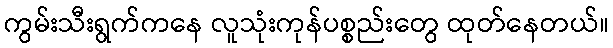
ကွမ်းသီးရွက်ကနေ လူသုံးကုန်ပစ္စည်းတွေ ထုတ်နေတယ်။